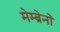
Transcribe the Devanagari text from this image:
मेम्ब्रेनों